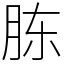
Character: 胨